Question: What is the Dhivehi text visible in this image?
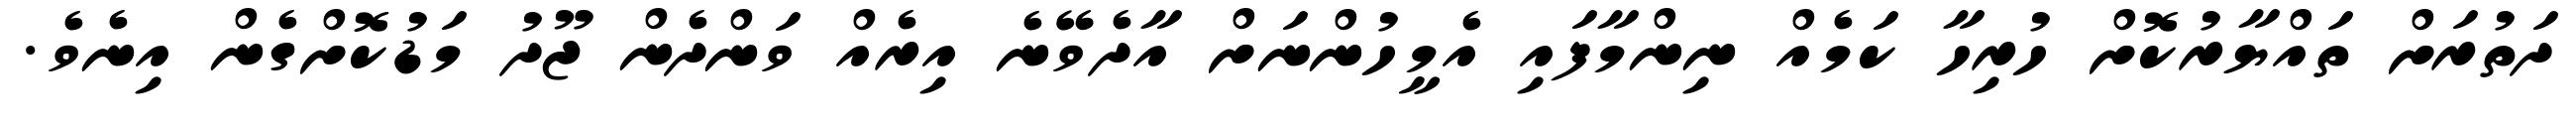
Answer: ދަތުރަށް ތައްޔާރުކޮށް ހުރިހާ ކަމެއް ނިންމާފައި އެމީހުންނަށް އާދެވޭނެ އިރެއް ވަންދެން ޖޫދު މަޑުކޮށްގެން އިނެވެ.